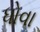
ધોવા